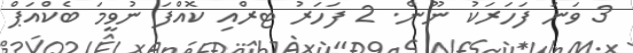
3 ވަނަ ފަހަރަކު ނޫން. 2 ފަހަރު ޓރްއި ކޮއްފަ ނުވީމަ ބެކްއަޕް